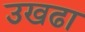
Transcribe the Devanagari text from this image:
उखढा